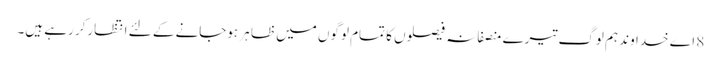
8 اے خدا وند ہم لوگ تیرے منصفانہ فیصلوں کا تمام لوگوں میں ظا ہر ہوجانے کے لئے انتظارکر رہے ہیں۔